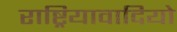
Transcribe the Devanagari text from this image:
राष्ट्रियावादियो